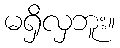
မရှိလှဘူး။